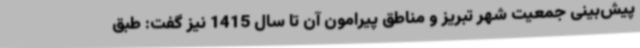
پیش‌بینی جمعیت شهر تبریز و مناطق پیرامون آن تا سال 1415 نیز گفت: طبق